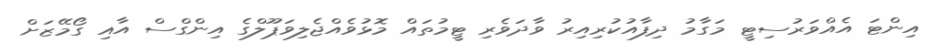
އިންޓަ އެއްވަރުސިޓީ މަގާމު ދިފާއުކުރިއިރު ވާދަވެރި ޓީމުތައް މޮޅުވެއްޖެލިވަޕޫލްގެ އިންގްސް އާއި ގޯމޭޒަށް